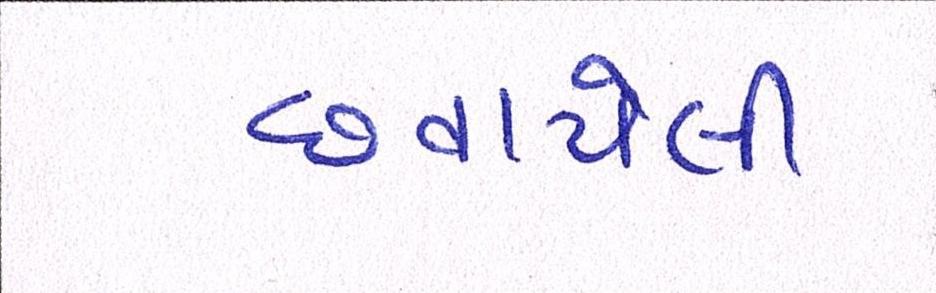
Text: છવાયેલી